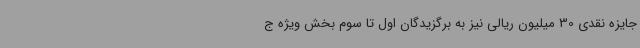
جایزه نقدی 30 میلیون ریالی نیز به برگزیدگان اول تا سوم بخش ویژه ج